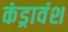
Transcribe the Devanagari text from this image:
कंड्रावंश